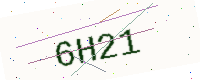
Text: 6H21